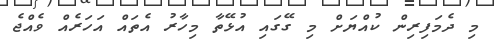
މި ދެމަފިރިން ކުއްޔަށް މި ގޭގައި އުޅޭތާ މިހާރު އެތައް އަހަރެއް ވެއްޖެ